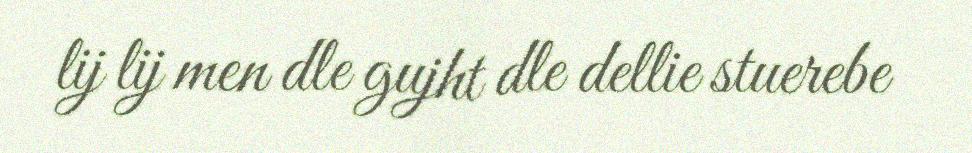
lij lij men dle gujht dle dellie stuerebe